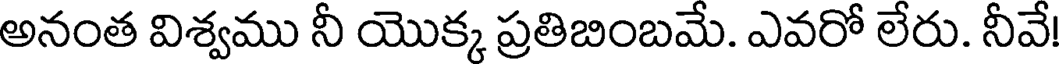
అనంత విశ్వము నీ యొక్క ప్రతిబింబమే. ఎవరో లేరు. నీవే